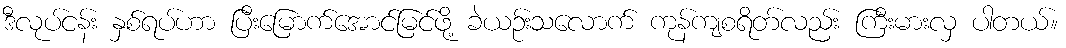
ဒီလုပ်ငန်း နှစ်ရပ်ဟာ ပြီးမြောက်အောင်မြင်ဖို့ ခဲယဉ်းသလောက် ကုန်ကျစရိတ်လည်း ကြီးမားလှ ပါတယ်။